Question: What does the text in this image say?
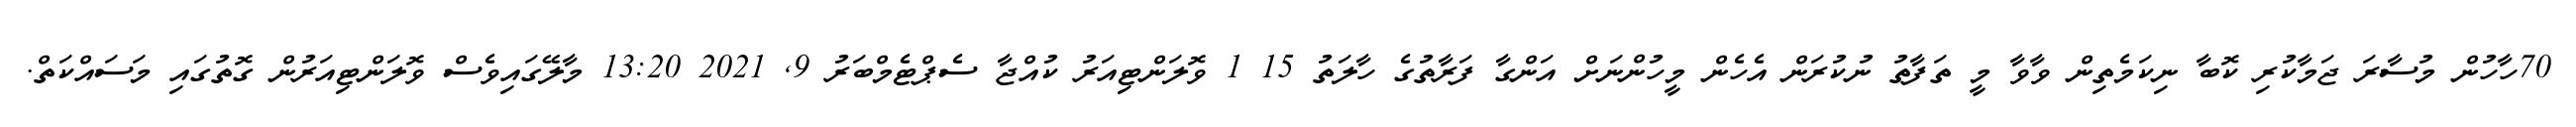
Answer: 70ހާހުން މުސާރަ ޖަމާކުރި ކޮބާ ނިކަމެތިން ވާވާ މީ ތަފާތު ނުކުރަން އެހެން މީހުންނަށް އަންގާ ފަރާތުގެ ހާލަތު 15 1 ވޮލަންޓިއަރު ކުއްޖާ ސެޕްޓެމްބަރު 9, 2021 13:20 މާލޭގައިވެސް ވޮލަންޓިއަރުން ގޮތުގައި މަސައްކަތް.